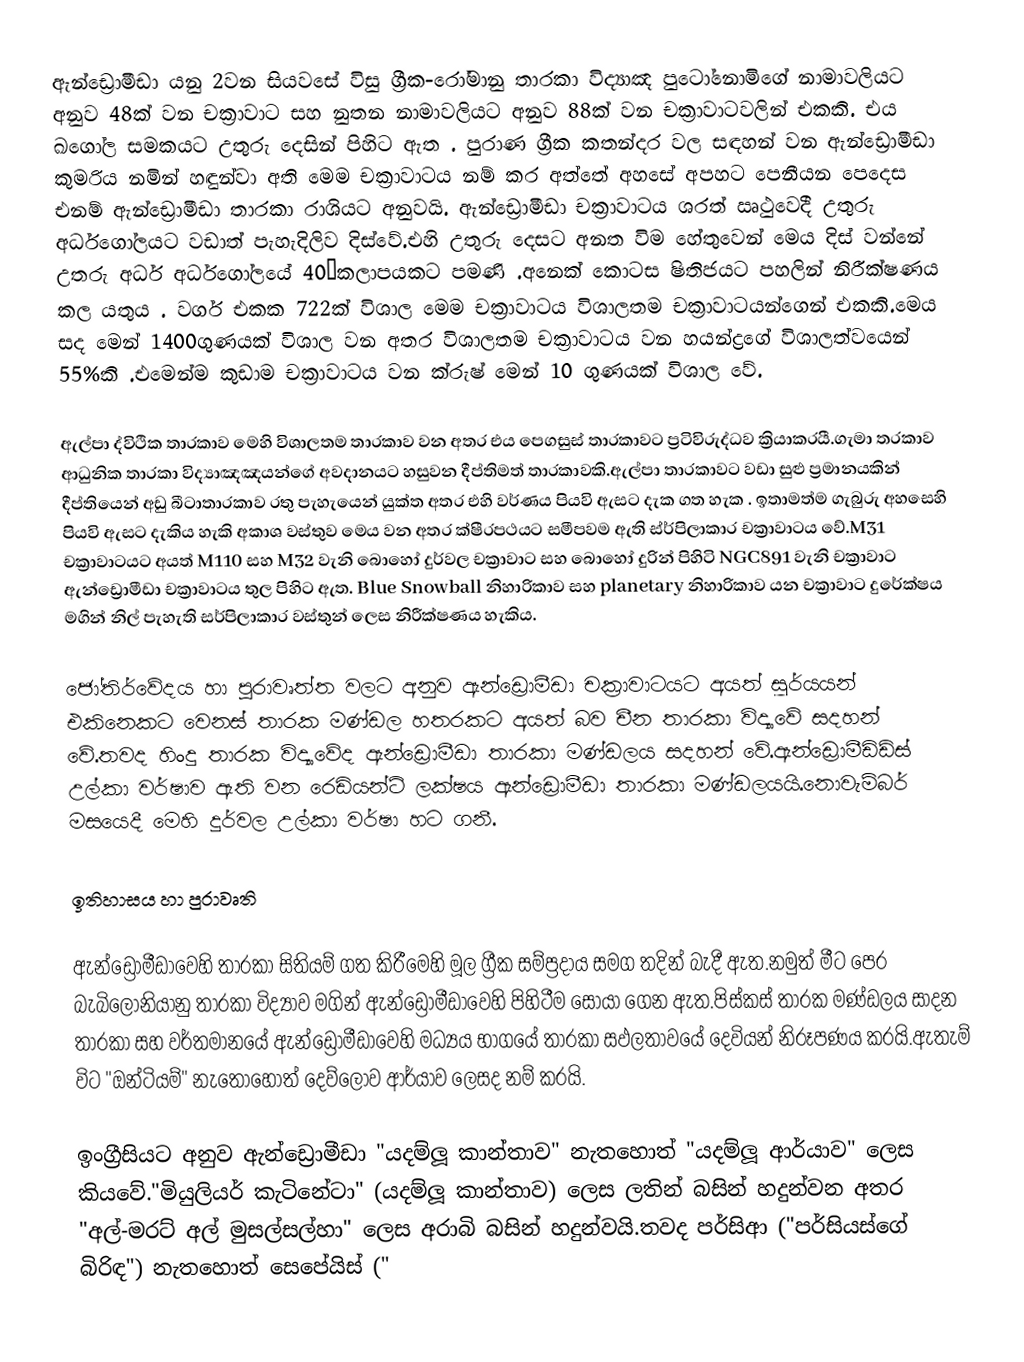
ඇන්ඩ්‍රොමීඩා යනු 2වන සියවසේ විසු ග්‍රීක-රෝමානු තාරකා විද්‍යාඤ පුටෝනොමිගේ නාමාවලියට අනුව 48ක්  වන චක්‍රාවාට සහ නුතන නාමාවලියට අනුව 88ක් වන චක්‍රාවාටවලින්  එකකි. එය ඛගෝල සමකයට උතුරු දෙසින් පිහිට ඇත . පුරාණ ග්‍රීක කතන්දර වල සඳහන් වන ඇන්ඩ්‍රොමීඩා කුමරිය නමින් හඳුන්වා අති මෙම චක්‍රාවාටය නම් කර අත්තේ අහසේ අපහට පෙනීයන පෙදෙස එනම් ඇන්ඩ්‍රොමීඩා තාරකා රාශියට අනුවයි. ඇන්ඩ්‍රොමීඩා චක්‍රාවාටය ශරත් ඍථුවෙදී උතුරු අර්ධගෝලයට වඩාත් පැහැදිලිව දිස්වේ.එහි උතුරු දෙසට අනත විම හේතුවෙන් මෙය දිස් වන්නේ උතරු අර්ධ අර්ධගෝලයේ 40°කලාපයකට පමණි .අනෙක් කොටස ෂිතිජයට පහලින් නිරීක්ෂණය කල යතුය . වර්ග එකක 722ක් විශාල මෙම චක්‍රාවාටය විශාලතම චක්‍රාවාටයන්ගෙන් එකකි.මෙය සද මෙන් 1400ගුණයක් විශාල වන අතර විශාලතම චක්‍රාවාටය වන හයන්ද්‍රගේ විශාලත්වයෙන් 55%කි .එමෙන්ම කුඩාම චක්‍රාවාටය වන ක්රුෂ් මෙන් 10 ගුණයක් විශාල වේ.

ඇල්පා ද්විථික තාරකාව මෙහි විශාලතම තාරකාව වන අතර එය පෙගසුස් තාරකාවට ප්‍රටිවිරුද්ධව ක්‍රියාකරයී.ගැමා තරකාව ආධුනික තාරකා විද්‍යාඤඤයන්ගේ අවදානයට හසුවන දීප්තිමත් තාරකාවකි.ඇල්පා තාරකාවට වඩා සුළු ප්‍රමානයකින් දීප්තියෙන් අඩු බීටාතාරකාව රතු පැහැයෙන් යුක්ත අතර එහි වර්ණය පියවි ඇසට දැක ගත හැක . ඉතාමත්ම ගැබුරු අහසෙහි පියවි ඇසට දැකිය හැකි අකාශ වස්තුව මෙය වන අතර ක්ෂීරපථයට සමීපවම ඇති ස්ර්පිලාකාර චක්‍රාවාටය වේ.M31  චක්‍රාවාටයට අයත් M110 සහ M32 වැනි බොහෝ දුර්වල චක්‍රාවාට සහ බොහෝ දුරින් පිහිටි NGC891 වැනි චක්‍රාවාට ඇන්ඩ්‍රොමීඩා චක්‍රාවාටය තුල පිහිට ඇත. Blue Snowball නිහාරිකාව සහ  planetary නිහාරිකාව යන චක්‍රාවාට දුරේක්ෂය මගින් නිල් පැහැති සර්පිලාකාර වස්තුන් ලෙස නිරීක්ෂණය හැකිය.

ජෝතිර්වේදය හා පුරාවෘත්ත වලට අනුව ඇන්ඩ්‍රොමීඩා චක්‍රාවාටයට අයත් සූර්යයන් එකිනෙකට වෙනස් තාරක මණ්ඩල හතරකට අයත් බව චීන තාරකා විද්‍යාවේ සදහන් වේ.තවද හිංදු තාරක විද්‍යාවේද  ඇන්ඩ්‍රොමීඩා තාරකා මණ්ඩලය සදහන් වේ.ඇන්ඩ්‍රොමීඩිඩ්ස් උල්කා වර්ෂාව ඇති වන රෙඩියන්ට් ලක්ෂය ඇන්ඩ්‍රොමීඩා තාරකා මණ්ඩලයයි.නොවැම්බර් මසයෙදී මෙහි දුර්වල උල්කා වර්ෂා හට ගනී.

ඉතිහාසය හා පුරාවෘති

ඇන්ඩ්‍රොමීඩාවෙහි තාරකා සිතියම් ගත කිරීමෙහි මූල ග්‍රීක සම්ප්‍රදාය සමග තදින් බැදී ඇත.නමුත් මීට පෙර බැබිලෝනියානු තාරකා විද්‍යාව මගින් ඇන්ඩ්‍රොමීඩාවෙහි පිහිටීම සොයා ගෙන ඇත.පිස්කස් තාරක මණ්ඩලය සාදන තාරකා සහ වර්තමානයේ ඇන්ඩ්‍රොමීඩාවෙහි මධ්‍යය භාගයේ තාරකා සඵලතාවයේ දෙවියන් නිරූපණය කරයි.ඇතැම් විට "ඔන්ටියම්" නැතොහොත් දෙව්ලොව ආර්යාව ලෙසද නම් කරයි.

ඉංග්‍රීසියට අනුව ඇන්ඩ්‍රොමීඩා "යදම්ලූ කාන්තාව" නැතහොත් "යදම්ලූ ආර්යාව" ලෙස කියවේ."මියුලියර් කැටිනේටා" (යදම්ලූ කාන්තාව) ලෙස ලතින් බසින් හදුන්වන අතර "අල්-මරට් අල් මුසල්සල්හා" ලෙස අරාබි බසින් හදුන්වයි.තවද පර්සිආ ("පර්සියස්ගේ බිරිඳ") නැතහොත්  සෙපේයිස් ("